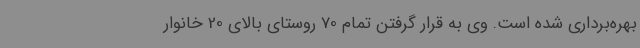
بهره‌برداری شده است. وی به قرار گرفتن تمام 70 روستای بالای 20 خانوار